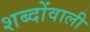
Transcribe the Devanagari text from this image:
शब्दोंवाली